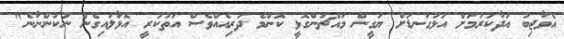
އެވާޖިބު އަދާކުރުމަށް އަޅުގަނޑަށް ޔަގީން މައްޗަންގޮޅީ ކޮންމެ ދަރިއެއްވެސް އަތުކުރީ އޮޅާލައިގެން ނުކުންނާނެ"